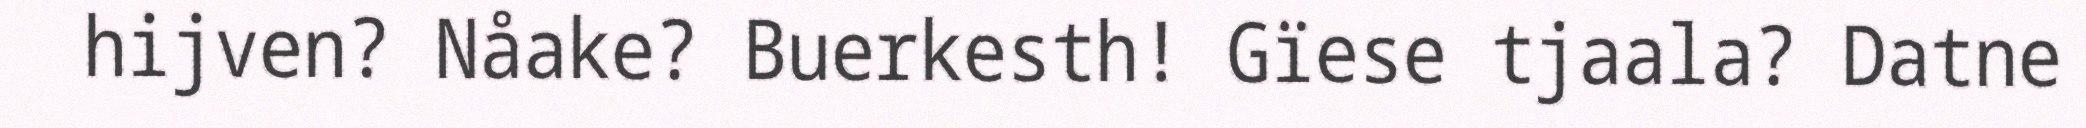
hijven? Nåake? Buerkesth! Gïese tjaala? Datne